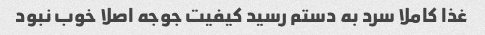
غذا کاملا سرد به دستم رسید کیفیت جوجه اصلا خوب نبود